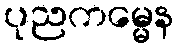
ပုညကမ္မေန